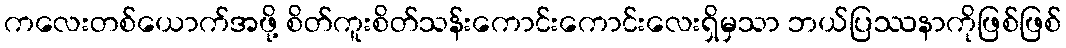
ကလေးတစ်ယောက်အဖို့ စိတ်ကူးစိတ်သန်းကောင်းကောင်းလေးရှိမှသာ ဘယ်ပြဿနာကိုဖြစ်ဖြစ်